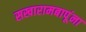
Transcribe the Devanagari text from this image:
सखारामबापूंना